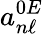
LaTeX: a_{n\ell}^{0E}